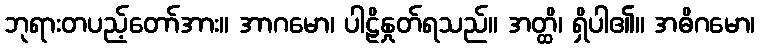
ဘုရားတပည့်တော်အား။ အာဂမော၊ ပါဠိနှုတ်ရသည်။ အတ္ထိ၊ ရှိပါ၏။ အဓိဂမော၊